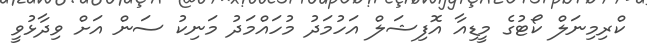
ކްރިމިނަލް ކޯޓުގެ މީޑިއާ އޮފިޝަލް އަހުމަދު މުހައްމަދު މަނިކު ސަން އަށް ވިދާޅުވީ